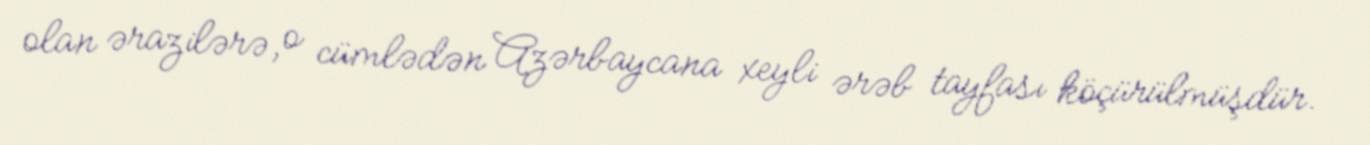
olan ərazilərə, o cümlədən Azərbaycana xeyli ərəb tayfası köçürülmüşdür.